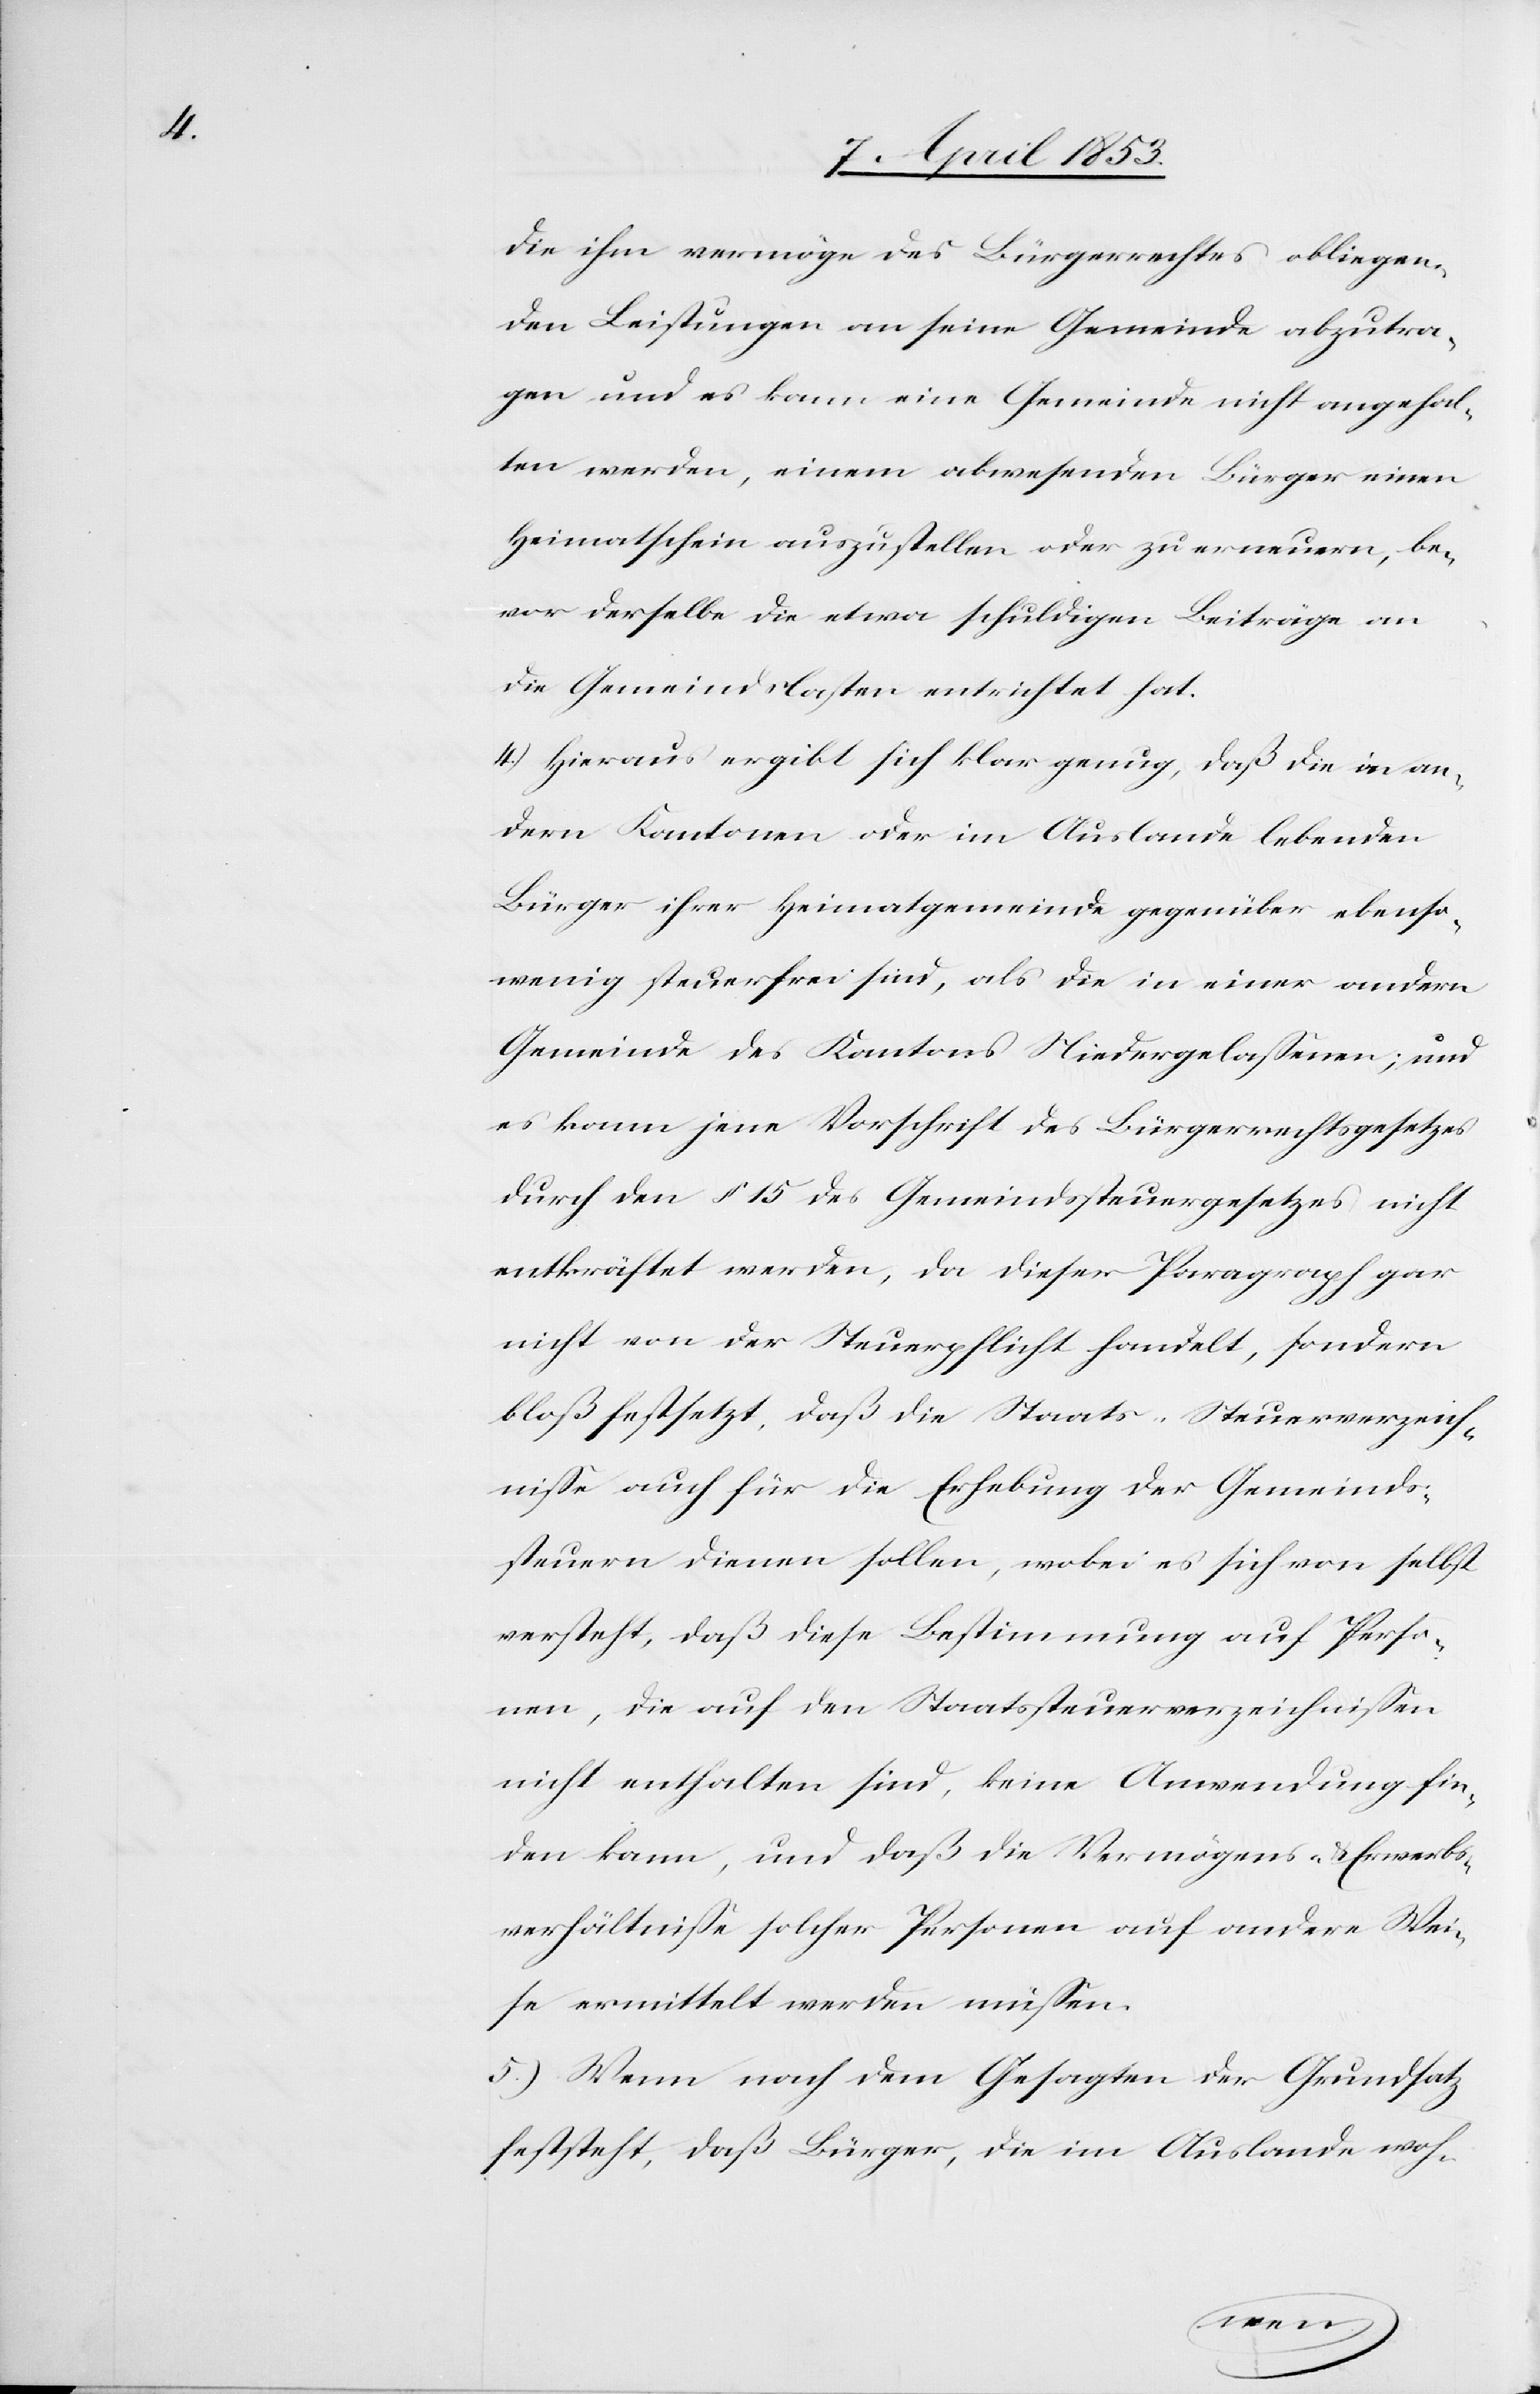
die ihm vermöge des Bürgerrechtes obliegen¬
den Leistungen an seine Gemeinde abzutra¬
gen und es kann eine Gemeinde nicht angehal¬
ten werden, einem abwesenden Bürger einen
Heimatschein auszustellen oder zu erneuern, be¬
vor derselbe die etwa schuldigen Beiträge an
die Gemeindslasten entrichtet hat.
4.) Hieraus ergibt sich klar genug, daß die in an¬
dern Kantonen oder im Auslande lebenden
Bürger ihrer Heimatgemeinde gegenüber ebenso¬
wenig steuerfrei sind, als die in einer andern
Gemeinde des Kantons Niedergelaßenen, und
es kann jene Vorschrift des Bürgerrechtsgesetzes
durch den § 15 des Gemeindssteuergesetzes nicht
entkräftet werden, da dieser Paragraph gar
nicht von der Steuerpflicht handelt, sondern
bloß festsetzt, daß die Staats-Steuerverzeich¬
niße auch für die Erhebung der Gemeinds¬
steuern dienen sollen, wobei es sich von selbst
versteht, daß diese Bestimmung auf Perso¬
nen, die auf den Staatssteuerverzeichnißen
nicht enthalten sind keine Anwendung fin¬
den kann, und daß die Vermögens- u. Erwerbs¬
verhältniße solcher Personen auf andere Wei¬
se ermittelt werden müßen.
5.) Wenn nach dem Gesagten der Grundsatz
feststeht, daß Bürger, die im Auslande woh-